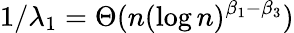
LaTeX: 1/\lambda_{1}=\Theta(n(\log n)^{\beta_{1}-\beta_{3}})